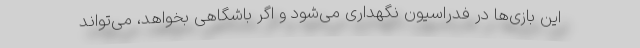
این بازی‌ها در فدراسیون نگهداری می‌شود و اگر باشگاهی بخواهد، می‌تواند